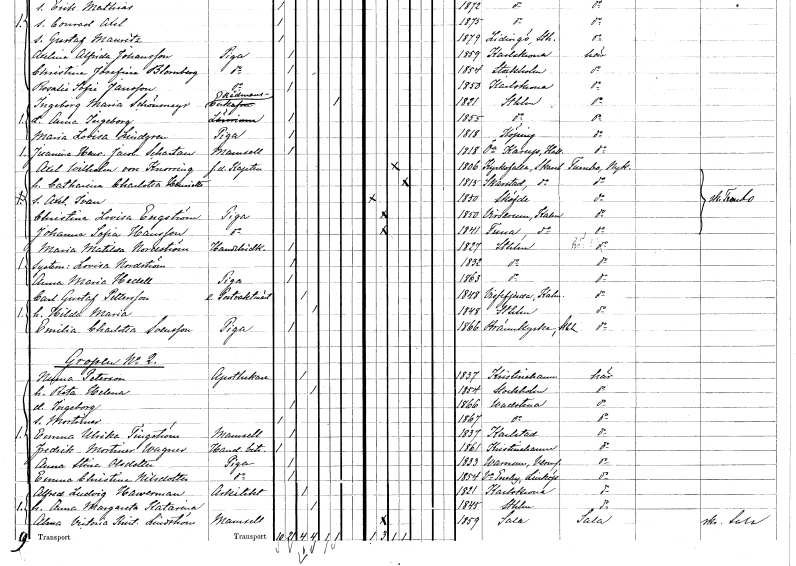
gt_parse: households: individuals: FN: Juanina Henrietta Jacobina
EN: Schartau
KON: K
CIV: O
FODAR: 1818
FODFORS: Östra Karup Kristianstads län
FN: Axel Wilhelm
EN: von Knorring
YRKE: Kapten f.d.
KON: M
CIV: G
FODAR: 1806
FODFORS: Kyrkefalla Skaraborgs län
FN: Catharina Charlotta Henrietta
KON: K
CIV: G
FODAR: 1815
FODFORS: Skarstad Skaraborgs län
FN: Axel Ivan
KON: M
CIV: O
FODAR: 1850
FODFORS: Skövde Skaraborgs län
FN: Christina Lovisa
EN: Engström
YRKE: Piga
KON: K
CIV: O
FODAR: 1850
FODFORS: Virserum Kalmar län
FN: Johanna Sofia
EN: Hansson
YRKE: Piga
KON: K
CIV: O
FODAR: 1841
FODFORS: Tuna Kalmar län
FN: Maria Matilda
EN: Nordström
YRKE: Handelsidkerska
KON: K
CIV: O
FODAR: 1827
FODFORS: Stockholm
FN: Lovisa
EN: Nordström
KON: K
CIV: O
FODAR: 1832
FODFORS: Stockholm
FN: Anna Maria
EN: Hedell
YRKE: Piga
KON: K
CIV: O
FODAR: 1863
FODFORS: Stockholm
FN: Carl Gustaf
EN: Pettersson
YRKE: Postvaktmästare extra
KON: M
CIV: G
FODAR: 1848
FODFORS: Vissefjärda Kalmar län
FN: Hilda Maria
KON: K
CIV: G
FODAR: 1848
FODFORS: Stockholm
FN: Emilia Charlotta
EN: Svensson
YRKE: Piga
KON: K
CIV: O
FODAR: 1866
FODFORS: Brännkyrka Stockholms län
FN: Numa
EN: Peterson
YRKE: Apotekare
KON: M
CIV: G
FODAR: 1837
FODFORS: Kristinehamn Värmlands län
FN: Reta Helena
KON: K
CIV: G
FODAR: 1854
FODFORS: Stockholm
FN: Ingeborg
KON: K
CIV: O
FODAR: 1866
FODFORS: Vadstena Östergötlands län
FN: Mortimer
KON: M
CIV: O
FODAR: 1867
FODFORS: Vadstena Östergötlands län
FN: Emma Ulrika
EN: Tingström
KON: K
CIV: O
FODAR: 1837
FODFORS: Karlstad Värmlands län
FN: Fredrik Mortimer
EN: Wagner
YRKE: Handelsbiträde
KON: M
CIV: O
FODAR: 1861
FODFORS: Kristinehamn Värmlands län
FN: Anna Stina
EN: Olsdotter
YRKE: Piga
KON: K
CIV: O
FODAR: 1833
FODFORS: Varnum Värmlands län
FN: Emma Christina
EN: Nilsdotter
YRKE: Piga
KON: K
CIV: O
FODAR: 1854
FODFORS: Västra Eneby Östergötlands län
FN: Alfred Ludvig
EN: Hawerman
YRKE: Arkitekt
KON: M
CIV: G
FODAR: 1821
FODFORS: Karlskrona Blekinge län
FN: Anna Margareta Katarina
KON: K
CIV: G
FODAR: 1845
FODFORS: Stockholm
FN: Alma Victoria Kristina
EN: Lindström
KON: K
CIV: O
FODAR: 1859
FODFORS: Sala Västmanlands län